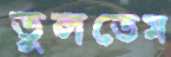
তুলতেম